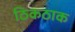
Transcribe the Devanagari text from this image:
ठिकठाक